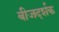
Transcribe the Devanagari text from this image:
बीजदर्शक